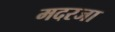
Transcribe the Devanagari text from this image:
मदरजा